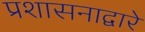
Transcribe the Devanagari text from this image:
प्रशासनाद्वारे